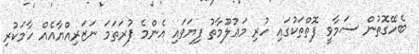
ބެހޭގޮތުން ސަމާވީ ފޮތްތަކުގައި ހުރި މަޢުލޫމާތު ފިޔަވައި އެންމެ ފުރަތަމަ ނަޒަރިއްޔާއެއް ހާމަކުރި